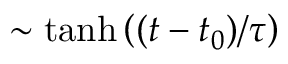
\sim \operatorname { t a n h } \left( ( t - t _ { 0 } ) / \tau \right)